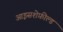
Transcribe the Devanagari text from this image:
आइसशेफ़ील्ड